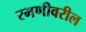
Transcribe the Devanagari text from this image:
रमणीवरील